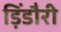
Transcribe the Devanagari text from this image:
ड़िंडौरी